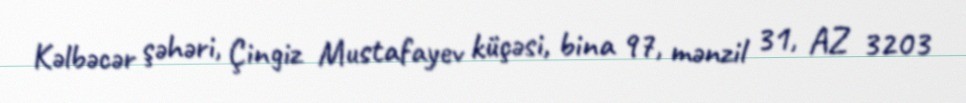
Kəlbəcər şəhəri, Çingiz Mustafayev küçəsi, bina 97, mənzil 31, AZ 3203